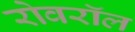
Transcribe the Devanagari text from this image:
रोवरॉल